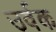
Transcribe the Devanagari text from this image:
उर्वक